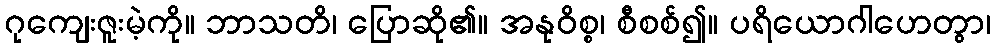
ဂုကျေးဇူးမဲ့ကို။ ဘာသတိ၊ ပြောဆို၏။ အနုဝိစ္စ၊ စီစစ်၍။ ပရိယောဂါဟေတွာ၊